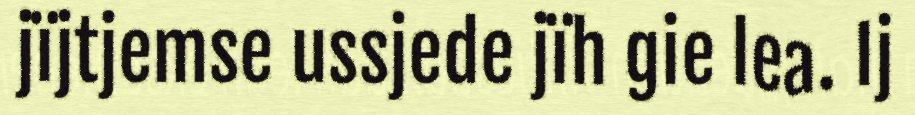
jïjtjemse ussjede jïh gie lea. Ij